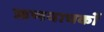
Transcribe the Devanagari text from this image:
ऋणयाचकों